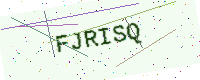
Text: FJRISQ